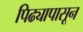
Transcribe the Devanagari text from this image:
पिढ्यापासून